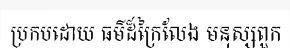
ប្រកបដោយ ធម៌ដ៏ក្រៃលែង មនុស្សពួក